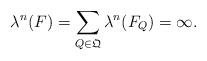
LaTeX: \begin{align*}\lambda^n(F) = \sum_{Q \in \mathfrak Q} \lambda^n(F_Q) = \infty.\end{align*}